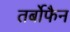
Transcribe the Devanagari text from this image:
तर्बोफैन